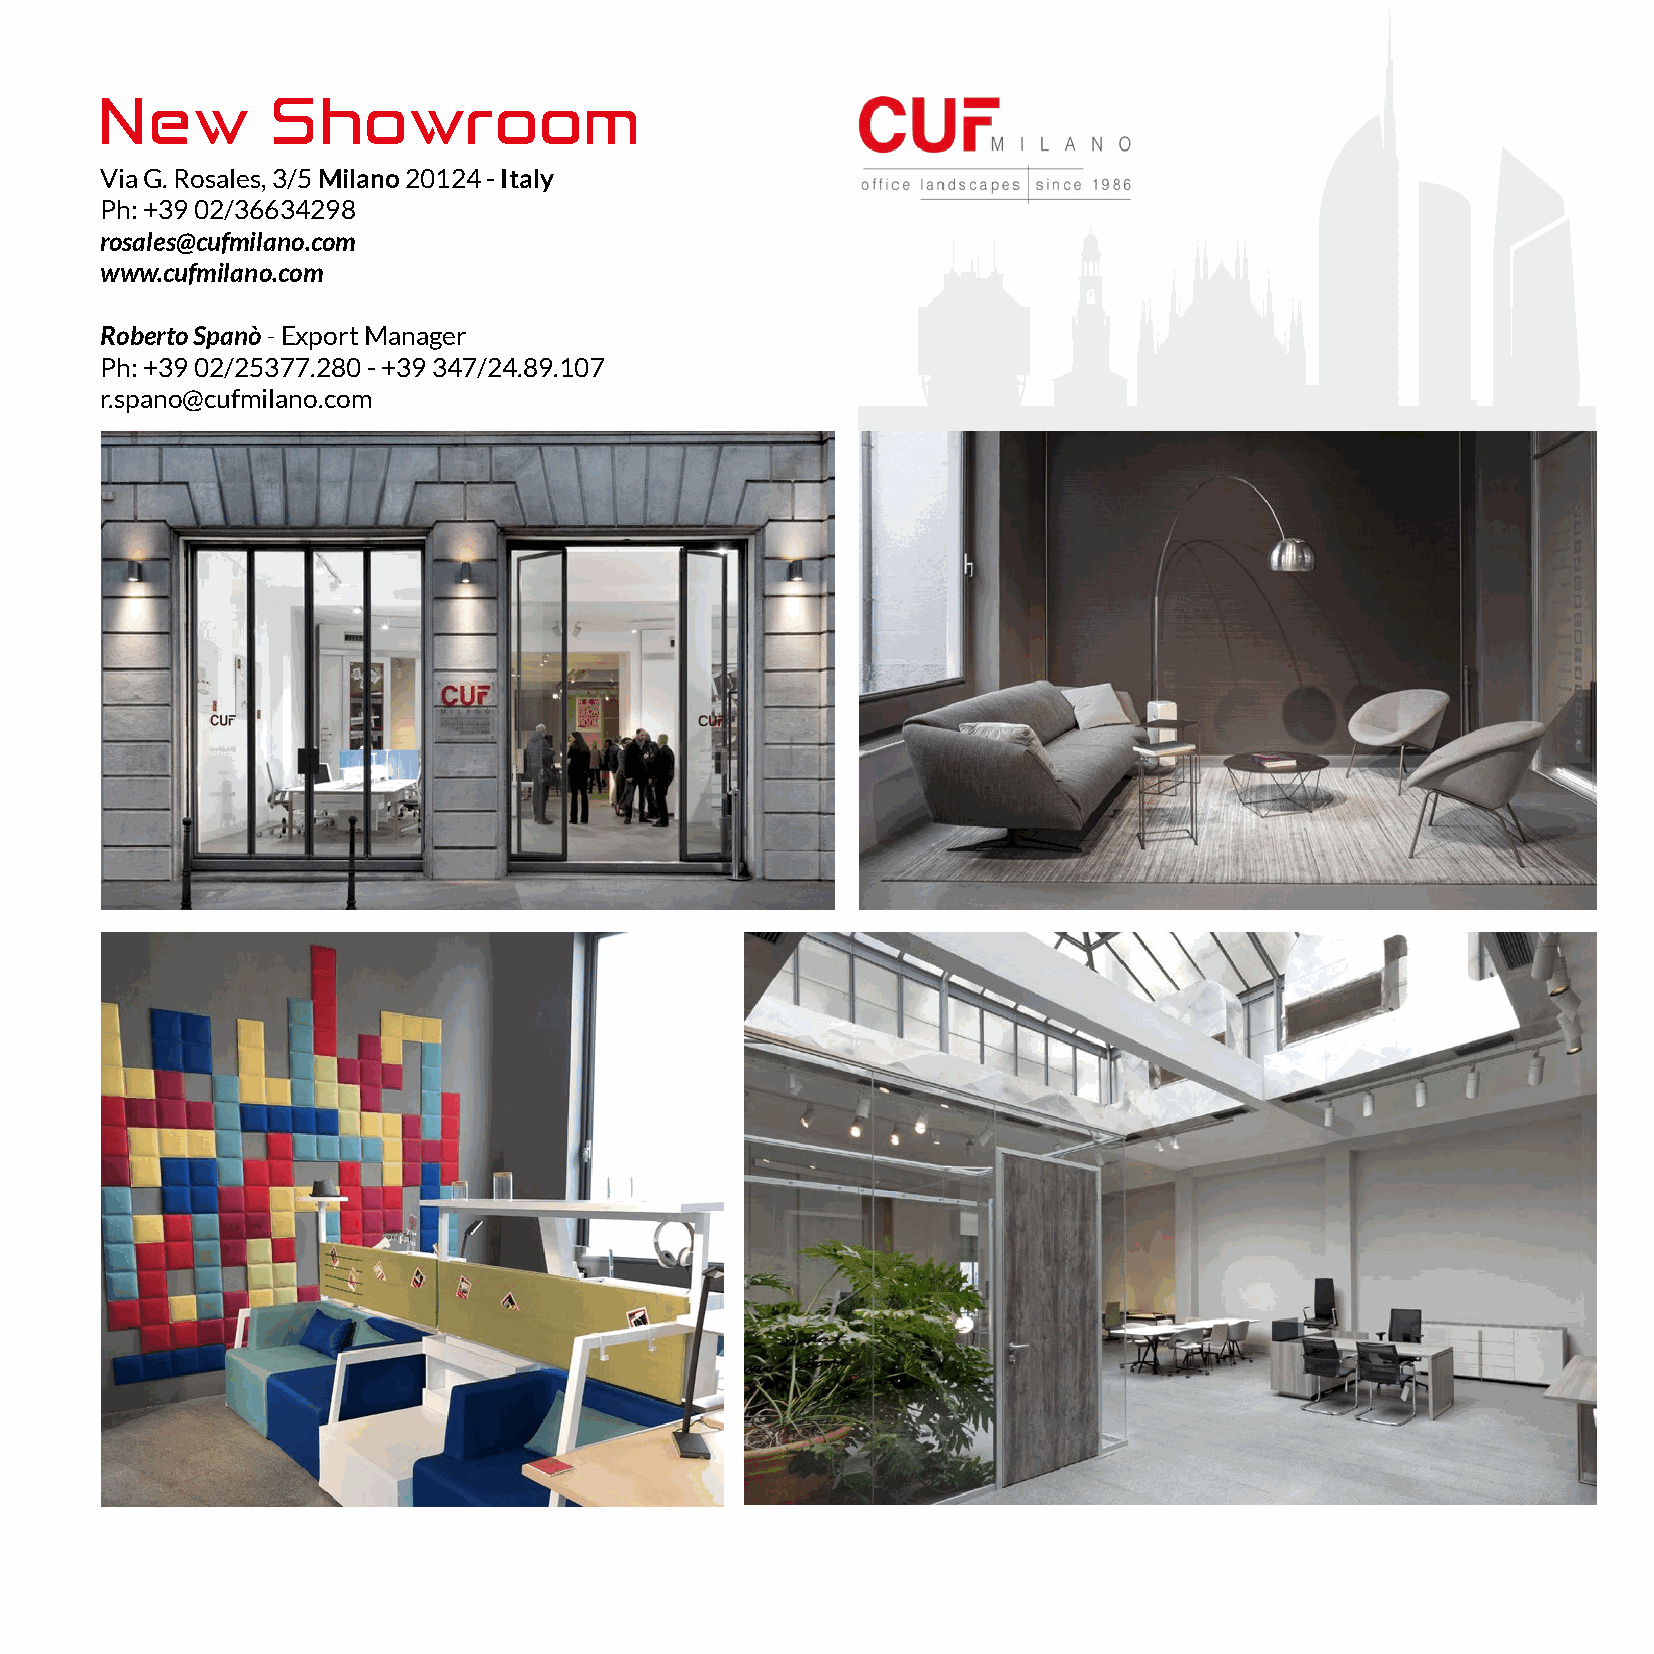
New        Showroom
 Via G. Rosales, 3/5 Milano 20124 - Italy
 Ph: +39 02/36634298
 rosales@cufmilano.com
 www.cufmilano.com
 Roberto Spanò - Export Manager
 Ph: +39 02/25377.280 - +39 347/24.89.107
 r.spano@cufmilano.com
 DOORS CABINET SOLID COLOR ELEMENTS
 ANTE, MOBILI E CONTENITORI
 GLASS/VETRI
 www.cufmilano.com